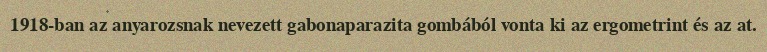
1918-ban az anyarozsnak nevezett gabonaparazita gombából vonta ki az ergometrint és az at.